Annual report on the Civil Veterinary Department, Burma (including the Insein Veterinary School) - 1932-1941
Year: 1932
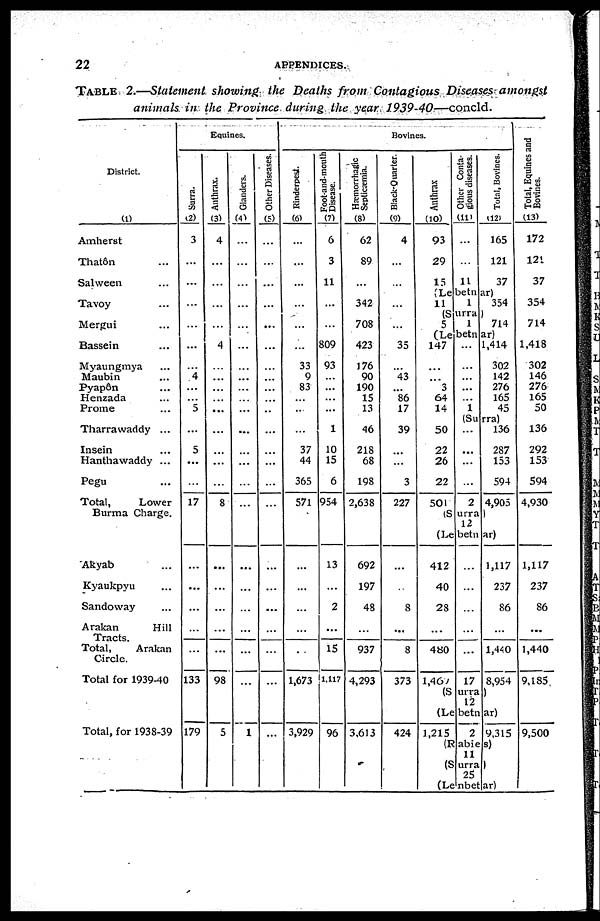
22
APPENDICES.
TABLE 2.—Statement showing the Deaths from Contagious Diseases amongst
animals in the Province during the year 1939-40—concld.
District.
(1)
Amherst
Thatôn ...
Salween ...
Tavoy ...
Mergui ...
Bassein ...
Myaungmya ...
Maubin ...
Pyap6n
Henzada ...
Prome ...
Tharrawaddy ...
Insein ...
Hanthawaddy ...
Pegu ...
Total,
Lower
Burma Charge.
Akyab ...
Kyaukpyu ...
Sandoway ...
Arakan
Hill
Tracts.
Total,
Arakan
Circle.
Total for 1939-40
Total, for 1938-39
Equines.
Surra.
(2)
3
...
...
...
...
...
...
4
...
...
5
...
5
...
...
17
...
...
...
...
...
133
179
Anthrax.
(3)
4
...
...
...
...
4
...
...
...
...
...
...
...
...
...
8
...
...
...
...
...
98
5
Glanders.
(4)
...
...
...
...
...
...
...
...
...
...
...
...
...
...
...
...
...
...
...
...
...
...
1
Other Diseases.
(5)
...
...
...
...
...
...
...
...
...
...
...
...
...
...
...
...
...
...
...
...
...
...
...
Bovines.
Rinderpest.
(6)
...
...
...
...
...
...
33
9
83
...
...
...
37
44
365
571
...
...
...
...
...
1,673
3,929
Foot-and-mouth
Disease.
(7)
6
3
11
...
...
809
93
...
...
...
...
1
10
15
6
954
13
...
2
...
15
1,117
96
Hæmorrhagic
Septicæmia.
(8)
62
89
...
342
708
423
176
90
190
15
13
46
218
68
198
2,638
692
197
48
...
937
4,293
3,613
Black-Quarter.
(9)
4
...
...
...
...
35
...
43
...
86
17
39
...
...
3
227
...
...
8
...
8
373
424
Anthrax
(10)
93
29
15
Other Conta-
gious diseases.
(11)
...
...
11
Total, Bovines.
(12)
165
121
37
(Lebetnar)
11
1
354
(Surra)
5
1
714
(Lebetnar)
147
...
... 3
64
14
50
22
26
22
501
...
...
...
...
...
1
1,414
302
142
276
165
45
(Surra)
...
...
...
...
2
136
287
153
594
4,905
(Surra)
12
(Lebetnar)
412
40
28
...
480
1,460
...
...
...
...
...
17
1,117
237
86
...
1,440
8,954
(Surra)
12
(Lebetnar)
1,215
2 9,315
(Rabies)
11
(Surra)
25
(Lenbetar)
Total, Equines and
Bovines.
(13)
172
121
37
354
714
1,418
302
146
276
165
50
136
292
153
594
4,930
1,117
237
86
...
1,440
9,185
9,500